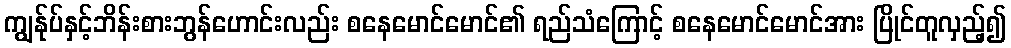
ကျွန်ုပ်နှင့်ဘိန်းစားဘွန်ဟောင်းလည်း စနေမောင်မောင်၏ ရည်သံကြောင့် စနေမောင်မောင်အား ပြိုင်တူလှည့်၍